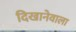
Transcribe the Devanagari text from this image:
दिखानेवाला